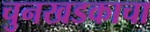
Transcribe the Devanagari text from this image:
चुनखडकाचा